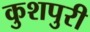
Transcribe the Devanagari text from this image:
कुशपुरी